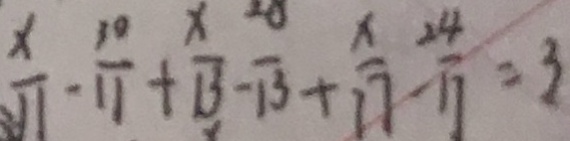
\frac { x } { 1 1 } - \frac { 1 0 } { 1 1 } + \frac { x } { 1 3 } - \frac { 2 0 } { 1 3 } + \frac { x } { 1 7 } - \frac { 2 4 } { 1 1 } = 3